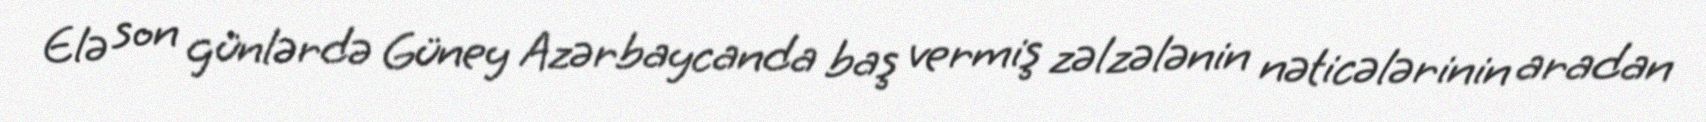
Elə son günlərdə Güney Azərbaycanda baş vermiş zəlzələnin nəticələrinin aradan